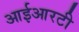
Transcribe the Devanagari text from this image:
आईआरटी